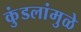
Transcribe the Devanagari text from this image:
कुंडलांमुळे